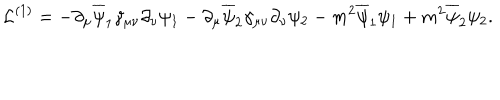
LaTeX: { \cal L } ^ { ( 1 ) } = - \partial _ { \mu } \overline { { \psi } } _ { 1 } \gamma _ { \mu \nu } \partial _ { \nu } \psi _ { 1 } - \partial _ { \mu } \overline { { \psi } } _ { 2 } \gamma _ { \mu \nu } \partial _ { \nu } \psi _ { 2 } - m ^ { 2 } \overline { { \psi } } _ { 1 } \psi _ { 1 } + m ^ { 2 } \overline { { \psi } } _ { 2 } \psi _ { 2 } .